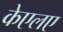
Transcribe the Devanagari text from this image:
केएलए